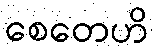
စေတေဟိ